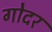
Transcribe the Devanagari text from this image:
गोदर